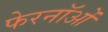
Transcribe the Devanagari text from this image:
फेरनॉओं